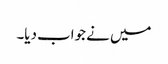
میں نے جواب دیا۔